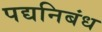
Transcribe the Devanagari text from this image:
पद्यनिबंध